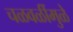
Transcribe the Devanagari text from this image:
चळवळींमुळे